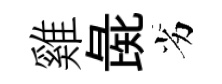
雞彘劣